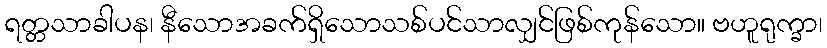
ရတ္တသာခါပန၊ နီသောအခက်ရှိသောသစ်ပင်သာလျှင်ဖြစ်ကုန်သော။ ဗဟူရုက္ခာ၊